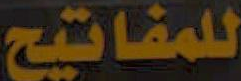
للمفاتيح